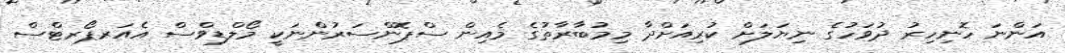
އަންނަ ހޮނިހިރު ދުވަހުގެ ނިޔަލަށް ކުރިއަށްދާ މިމުބާރާތުގެ މެއިން ސްޕޮންސަރުންނަކީ މޯލްޑިވްސް އެއަރޕޯރޓްސް